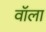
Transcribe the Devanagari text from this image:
वॉला